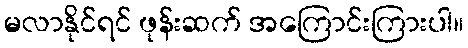
မလာနိုင်ရင် ဖုန်းဆက် အကြောင်းကြားပါ။